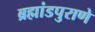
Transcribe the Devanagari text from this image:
ब्रह्मांडपुराणे